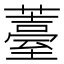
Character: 薹